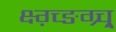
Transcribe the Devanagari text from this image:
क्ष्ग़्च्ङग्र्च्र्